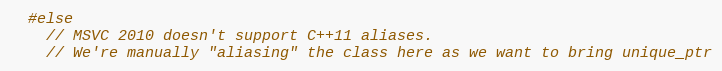
Language: C
  #else
    // MSVC 2010 doesn't support C++11 aliases.
    // We're manually "aliasing" the class here as we want to bring unique_ptr